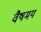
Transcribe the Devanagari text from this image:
वैषमय